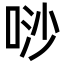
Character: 唦